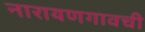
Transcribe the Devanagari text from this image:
नारायणगावची